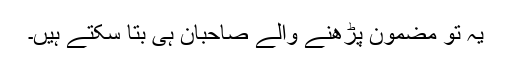
یہ تو مضمون پڑھنے والے صاحبان ہی بتا سکتے ہیں۔